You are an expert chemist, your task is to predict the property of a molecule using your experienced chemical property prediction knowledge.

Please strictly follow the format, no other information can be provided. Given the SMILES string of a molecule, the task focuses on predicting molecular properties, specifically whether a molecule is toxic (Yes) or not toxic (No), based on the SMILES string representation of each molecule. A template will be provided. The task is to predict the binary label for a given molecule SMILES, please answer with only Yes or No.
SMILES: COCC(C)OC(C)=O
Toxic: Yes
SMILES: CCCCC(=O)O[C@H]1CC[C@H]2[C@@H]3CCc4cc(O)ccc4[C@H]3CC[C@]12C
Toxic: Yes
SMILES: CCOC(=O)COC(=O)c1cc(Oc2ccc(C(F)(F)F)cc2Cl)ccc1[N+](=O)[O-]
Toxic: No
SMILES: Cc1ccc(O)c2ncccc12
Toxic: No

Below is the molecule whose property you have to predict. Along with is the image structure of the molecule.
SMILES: Nc1ccc(S(=O)(=O)Nc2ncccn2)cc1
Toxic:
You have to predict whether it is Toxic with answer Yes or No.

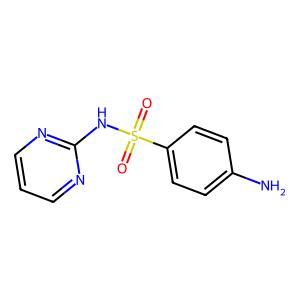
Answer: No